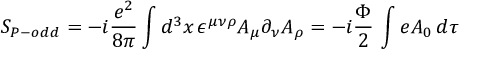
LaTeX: S _ { P - o d d } = - i \frac { e ^ { 2 } } { 8 \pi } \int d ^ { 3 } x \, \epsilon ^ { \mu \nu \rho } A _ { \mu } \partial _ { \nu } A _ { \rho } = - i \frac { \Phi } { 2 } \, \int e A _ { 0 } \, d \tau